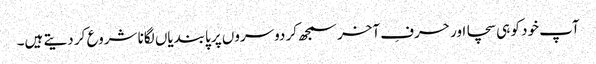
آپ خود کو ہی سچا اور حرفِ آخر سمجھ کر دوسروں پر پابندیاں لگانا شروع کر دیتے ہیں۔